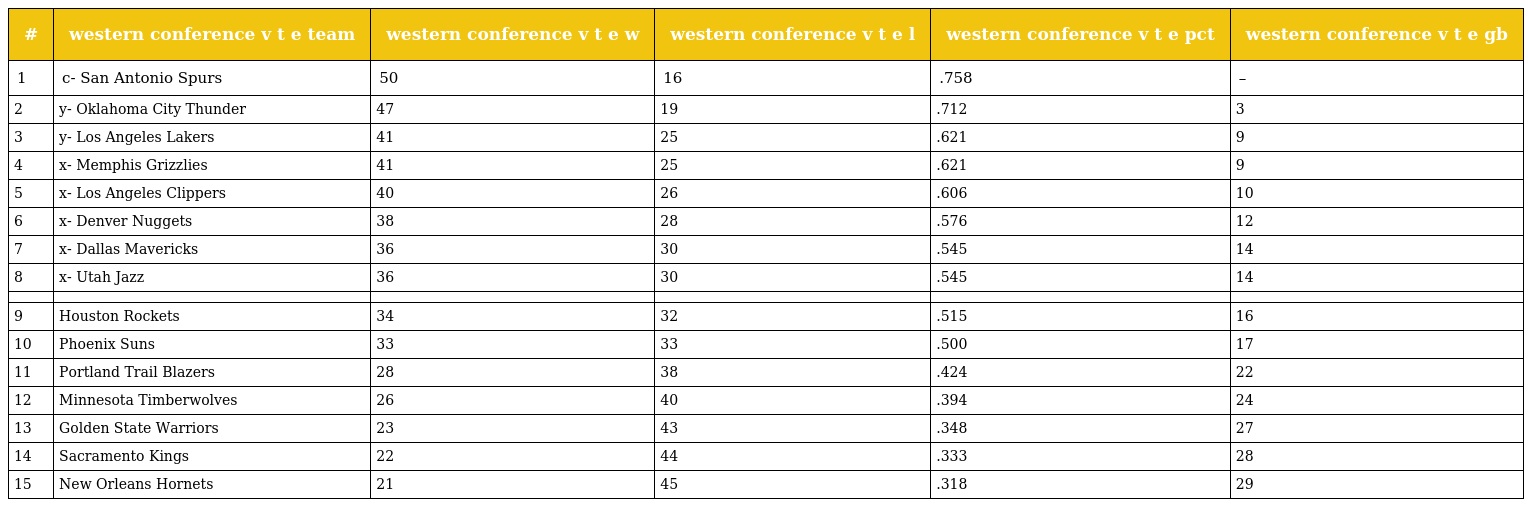
| # | western conference v t e team | western conference v t e w | western conference v t e l | western conference v t e pct | western conference v t e gb |
 | --- | --- | --- | --- | --- | --- |
 | 1 | c- San Antonio Spurs | 50 | 16 | .758 | – |
 | 2 | y- Oklahoma City Thunder | 47 | 19 | .712 | 3 |
 | 3 | y- Los Angeles Lakers | 41 | 25 | .621 | 9 |
 | 4 | x- Memphis Grizzlies | 41 | 25 | .621 | 9 |
 | 5 | x- Los Angeles Clippers | 40 | 26 | .606 | 10 |
 | 6 | x- Denver Nuggets | 38 | 28 | .576 | 12 |
 | 7 | x- Dallas Mavericks | 36 | 30 | .545 | 14 |
 | 8 | x- Utah Jazz | 36 | 30 | .545 | 14 |
 |  |  |  |  |  |  |
 | 9 | Houston Rockets | 34 | 32 | .515 | 16 |
 | 10 | Phoenix Suns | 33 | 33 | .500 | 17 |
 | 11 | Portland Trail Blazers | 28 | 38 | .424 | 22 |
 | 12 | Minnesota Timberwolves | 26 | 40 | .394 | 24 |
 | 13 | Golden State Warriors | 23 | 43 | .348 | 27 |
 | 14 | Sacramento Kings | 22 | 44 | .333 | 28 |
 | 15 | New Orleans Hornets | 21 | 45 | .318 | 29 |